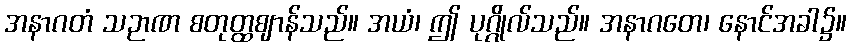
အနာဂတံ သဉာဏ စတုတ္ထဈာန်သည်။ အယံ၊ ဤ ပုဂ္ဂိုလ်သည်။ အနာဂတေ၊ နောင်အခါ၌။